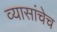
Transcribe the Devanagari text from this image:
व्यासांचेच